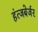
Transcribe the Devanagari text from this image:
हंत्जबेर्जर